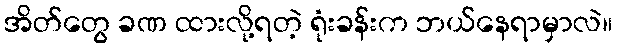
အိတ်တွေ ခဏ ထားလို့ရတဲ့ ရုံးခန်းက ဘယ်နေရာမှာလဲ။